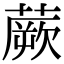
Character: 蕨